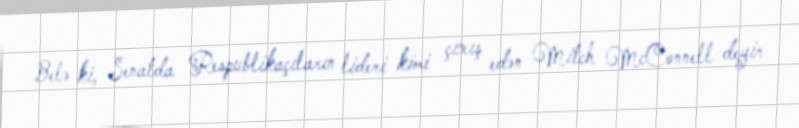
Belə ki, Senatda Respublikaçıların lideri kimi çıxış edən Mitch McConnell deyir